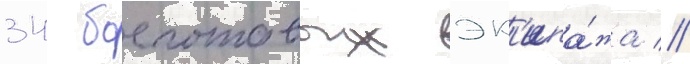
34 боеготовых эк'ипа́жа //